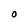
Character: 0